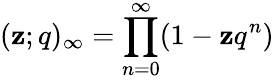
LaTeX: (\mathbf{z};q)_{\infty}=\prod_{n=0}^{\infty}(1-\mathbf{z}q^{n})